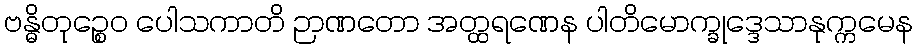
ဗန္ဓိတုဉ္စေဝ ပေါသကာတိ ဉာဏတော အတ္ထရဏေန ပါတိမောက္ခုဒ္ဒေသာနုက္ကမေန